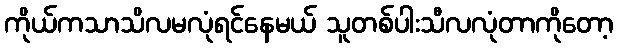
ကိုယ်ကသာသိလမလုံရင်နေမယ် သူတစ်ပါးသီလလုံတာကိုတော့